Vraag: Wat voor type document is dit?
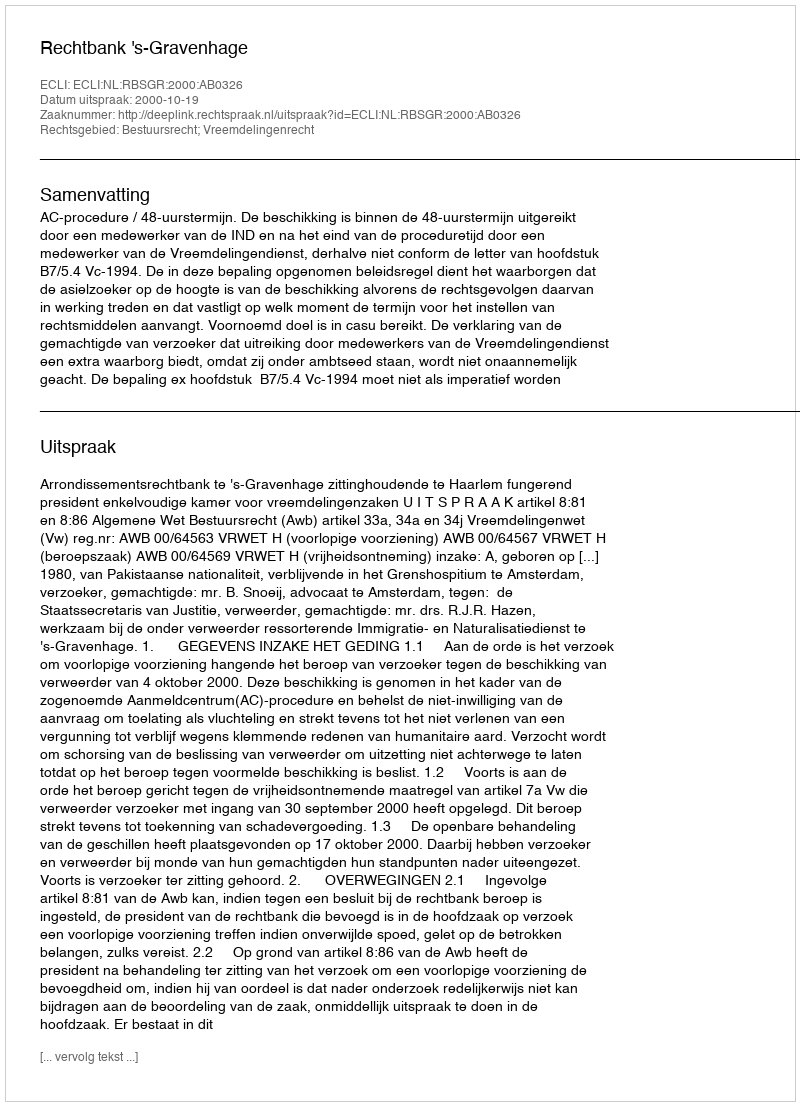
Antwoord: Uitspraak